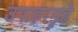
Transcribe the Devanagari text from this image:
उपाहरगृहे